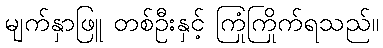
မျက်နှာဖြူ တစ်ဦးနှင့် ကြုံကြိုက်ရသည်။